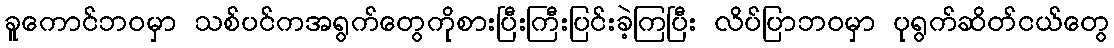
ခူကောင်ဘဝမှာ သစ်ပင်ကအရွက်တွေကိုစားပြီးကြီးပြင်းခဲ့ကြပြီး လိပ်ပြာဘဝမှာ ပုရွက်ဆိတ်ငယ်တွေ